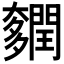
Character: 𨷎